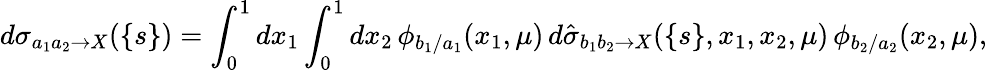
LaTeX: d\sigma_{a_{1}a_{2}\to X}(\{ s\} )=\int_{0}^{1}dx_{1}\int_{0}^{1}dx_{2}\, \phi_{b_{1}/a_{1}}(x_{1},\mu)\, d\hat{\sigma}_{b_{1}b_{2}\to X}(\{ s\} ,x_{1},x_{2},\mu)\, \phi_{b_{2}/a_{2}}(x_{2},\mu),